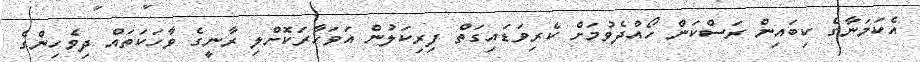
އެކަމަނާގެ ކިބައިން ރަސްކަން ހޯއްދެވުމަށް ކެރިވަޑައިގަތް ފިރިކަލުން އަވަހާރަކޮށްލި ރާނީގެ ވާހަކަތައް ދިވެހިންގެ